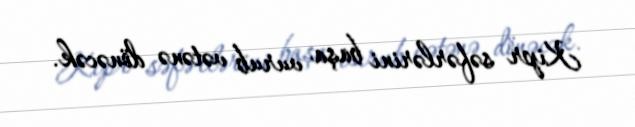
Kipr səfərlərini başa vurub vətənə dönəcək.